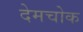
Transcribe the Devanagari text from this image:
देमचोक